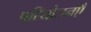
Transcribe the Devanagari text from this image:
परियोजनएँ